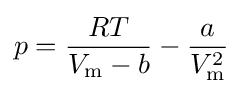
p={\frac {RT}{V_{\text{m}}-b}}-{\frac {a}{V_{\text{m}}^{2}}}